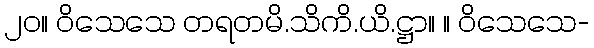
၂၀။ ဝိသေသေ တရတမိ.သိကိ.ယိ.ဋ္ဌာ။ ။ ဝိသေသေ-